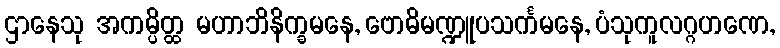
ဌာနေသု အကမ္ပိတ္ထ မဟာဘိနိက္ခမနေ, ဗောဓိမဏ္ဍူပသင်္ကမနေ, ပံသုကူလဂ္ဂဟဏေ,